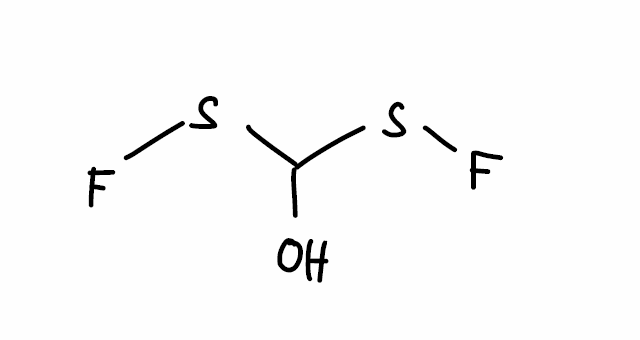
Simplified molecular-input line-entry system (SMILES) notation of the given molecule:
C(O)(SF)SF